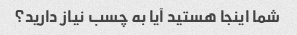
شما اینجا هستید آیا به چسب نیاز دارید؟